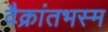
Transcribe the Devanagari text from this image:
वैक्रांतभस्म